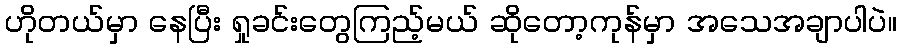
ဟိုတယ်မှာ နေပြီး ရှုခင်းတွေကြည့်မယ် ဆိုတော့ကုန်မှာ အသေအချာပါပဲ။